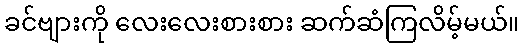
ခင်ဗျားကို လေးလေးစားစား ဆက်ဆံကြလိမ့်မယ်။